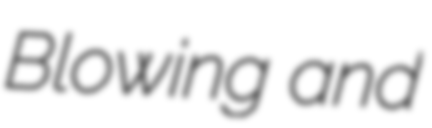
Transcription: Blowing and